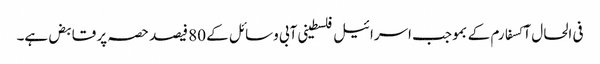
فی الحال آکسفارم کے بموجب اسرائیل فلسطینی آبی وسائل کے 80 فیصد حصہ پر قابض ہے۔